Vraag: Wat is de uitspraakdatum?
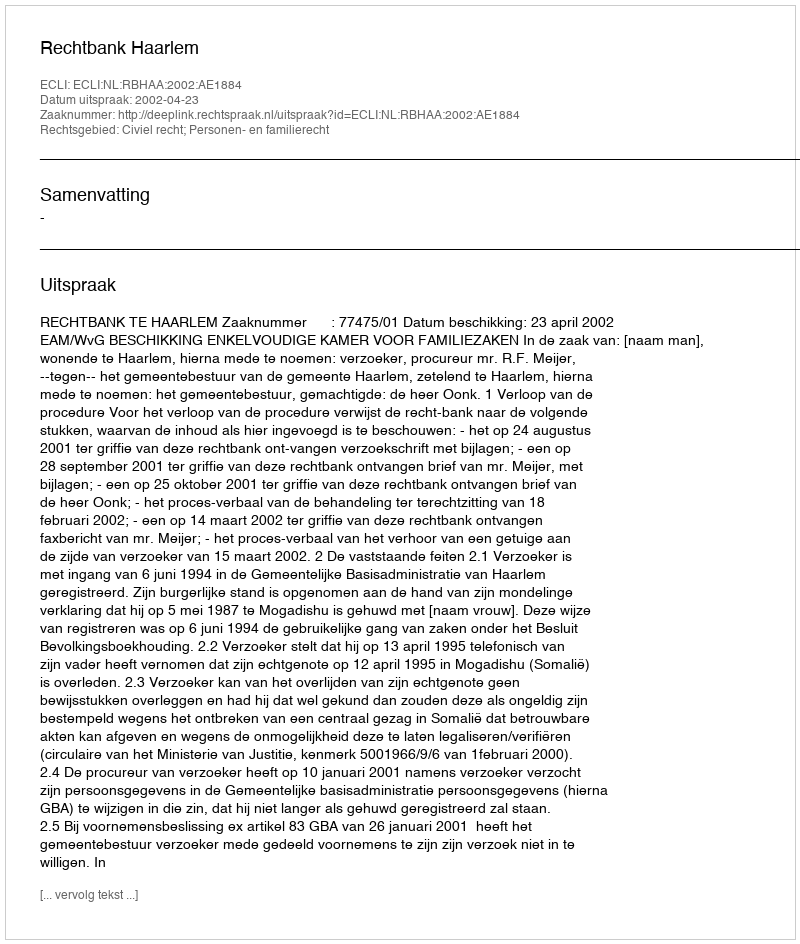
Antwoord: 2002-04-23